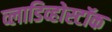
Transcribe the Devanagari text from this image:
व्लाडिव्होस्टॉक